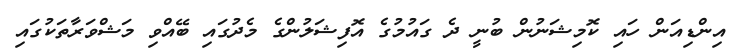
އިންޑިއަން ހައި ކޮމިޝަނުން ބުނީ ދެ ގައުމުގެ އޮފިޝަލުންގެ މެދުގައި ބޭއްވި މަޝްވަރާތަކުގައި